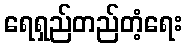
ရေရှည်တည်တံ့ရေး